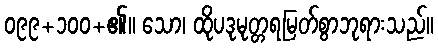
၀၉၉+၁၀၀+၏။ သော၊ ထိုပဒုမုတ္တရမြတ်စွာဘုရားသည်။